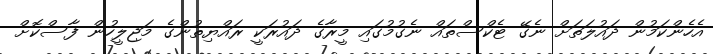
އެހެންކަމުން ދައުލަތަށް ނެގޭ ޓެކްސްތައް ނެގުމުގައި މީރާގެ ދައުރަކީ ރައްޔިތުންގެ މަޖިލީހުން ފާސްކޮށް